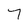
Character: 7